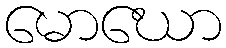
မောဃော